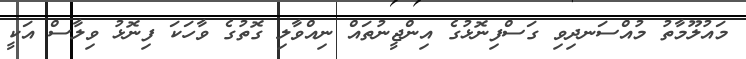
މައުލޫމާތު މުއްސަނދިވި ގަސްފިނޮޅުގެ އިންޖީނުތައް ނިއްވާލި ގޮތުގެ ވާހަކަ ފިނޮޅު ވިލާސް އަކީ